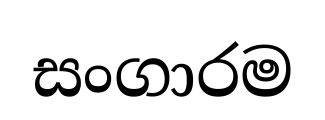
සංගාරම